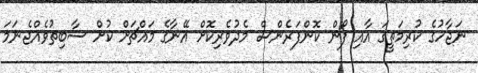
ނަޖާހުގެ ކުރިމަތީގަ އާއި ފޯން ކޮންފަރެންސް މެދުވެރިކޮށް އޭނާގެ މައްޗަށް ކުށް ސާބިތުވެއްޖެނަމަ